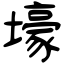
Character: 壕